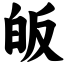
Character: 皈